Indian journal of veterinary science and animal husbandry - Volume 3,
Year: 1933
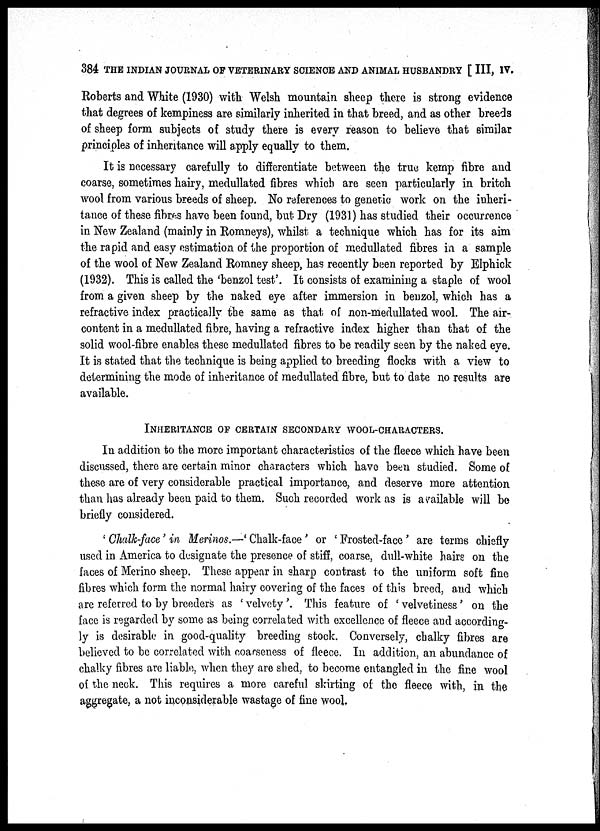
384 THE INDIAN JOURNAL OF VETERINARY SCIENCE AND ANIMAL HUSBANDRY [ III, IV.
Roberts and White (1930) with Welsh mountain sheep there is strong evidence
that degrees of kempiness are similarly inherited in that breed, and as other breeds
of sheep form subjects of study there is every reason to believe that similar
principles of inheritance will apply equally to them.
It is necessary carefully to differentiate between the true kemp fibre and
coarse, sometimes hairy, medullated fibres which are seen particularly in britch
wool from various breeds of sheep. No references to generic work on the inheri-
tance of these fibres have been found, but Dry (1931) has studied their occurrence
in New Zealand (mainly in Romneys), whilst; a technique which has for its aim
the rapid and easy estimation of the proportion of medullated fibres in a sample
of the wool of New Zealand Romney sheep, has recently been reported by Elphick
(1932). This is called the 'benzol test'. It consists of examining a staple of wool
from a given sheep by the naked eye after immersion in benzol, which has a
refractive index practically the same as that of non-medullated wool. The air-
content in a medullated fibre, having a refractive index higher than that of the
solid wool-fibre enables these medullated fibres to be readily seen by the naked eye.
It is stated that the technique is being applied to breeding flocks with a view to
determining the mode of inheritance of medullated fibre, but to date no results are
available.
INHERITANCE OF CERTAIN SECONDARY WOOL-CHARACTERS.
In addition to the more important characteristics of the fleece which have been
discussed, there are certain minor characters which have been studied. Some of
these are of very considerable practical importance, and deserve more attention
than has already been paid to them. Such recorded work as is available will be
briefly considered.
' Chalk-face' in Merinos.—' Chalk-face' or ' Frosted-face' are terms chiefly
used in America to designate the presence of stiff, coarse, dull-white hairs on the
faces of Merino sheep. These appear in sharp contrast to the uniform soft fine
fibres which form the normal hairy covering of the faces of this breed, and which
are referred to by breeders as ' velvety . This feature of ' velvetiness' on the
face is regarded by some as being correlated with excellence of fleece and according-
ly is desirable in good-quality breeding stock. Conversely, chalky fibres are
believed to be correlated with coarseness of fleece. In addition, an abundance of
chalky fibres are liable, when they are shed, to become entangled in the fine wool
of the neck. This requires a more careful skirting of the fleece with, in the
aggregate, a not inconsiderable wastage of fine wool.